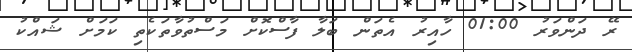
ރޭ ދަންވަރު 01:00 ހާއިރު އެތަން ބަލާ ފާސްކޮށް މަސްތުވާތަކެތި ކަމަށް ޝައްކު